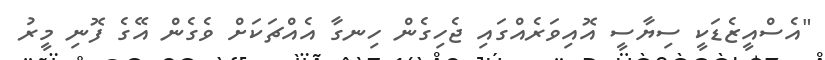
"އެސްއީޒެޑަކީ ސިޔާސީ އޮއިވަރެއްގައި ޖެހިގެން ހިނގާ އެއްޗަކަށް ވެގެން އޭގެ ފޮނި މީރު